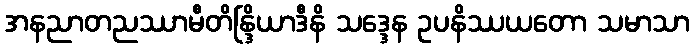
အနညာတညဿာမီတိန္ဒြိယာဒီနိ သဒ္ဒေန ဥပနိဿယတော သမာသာ